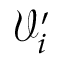
\mathcal { V } _ { i } ^ { \prime }